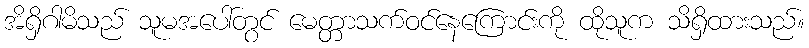
အိရှိဂါမိသည် သူမအပေါ်တွင် မေတ္တာသက်ဝင်နေကြောင်းကို ထိုသူက သိရှိထားသည်။